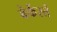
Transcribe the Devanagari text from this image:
बेकेंस्तें